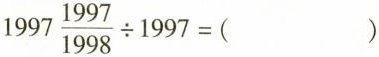
$$1997 \frac{1997}{1998} \div 1997=( )$$